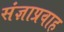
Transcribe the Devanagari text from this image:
संज्ञाप्रवाह